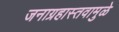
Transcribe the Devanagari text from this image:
जनाग्रहास्तवामुळे